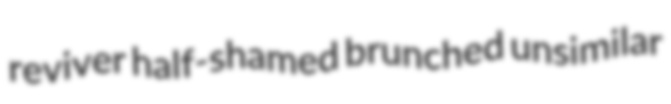
reviver half-shamed brunched unsimilar